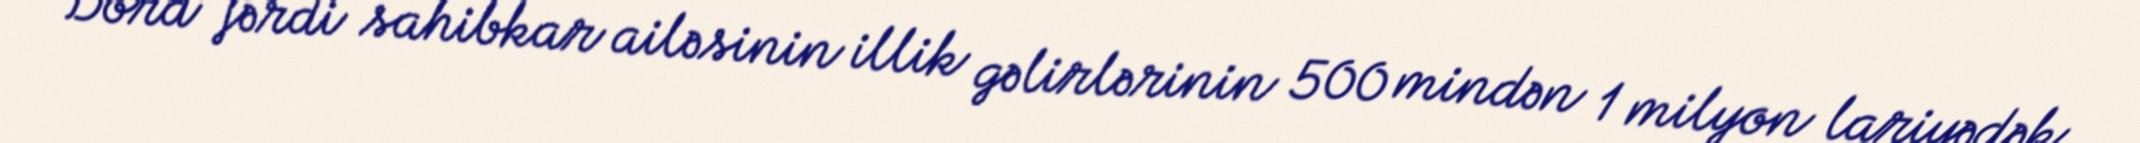
Dörd fərdi sahibkar ailəsinin illik gəlirlərinin 500 mindən 1 milyon lariyədək,